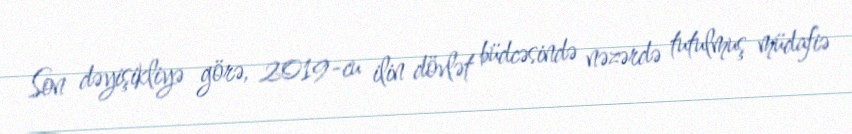
Son dəyişikliyə görə, 2019-cu ilin dövlət büdcəsində nəzərdə tutulmuş müdafiə